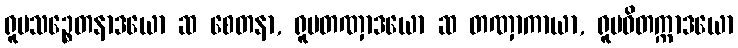
ရူပသဉ္စေတနာဒယော ဆ စေတနာ, ရူပတဏှာဒယော ဆ တဏှာကာယာ, ရူပဝိတက္ကာဒယော